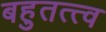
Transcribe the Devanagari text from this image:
बहुतत्त्व